Vaccination in Burma 1889-1999 - 1889-1999
Year: 1889
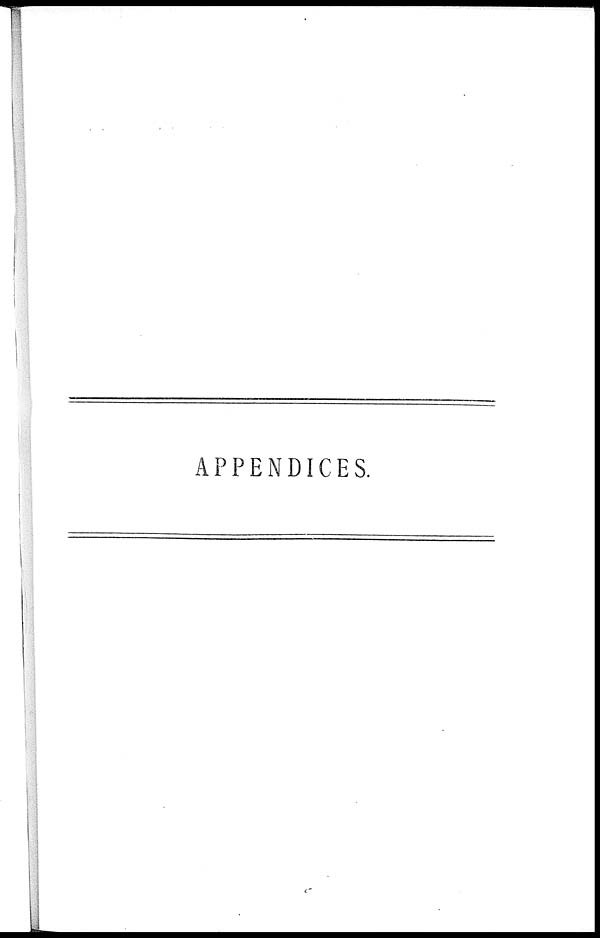
APPENDICES.